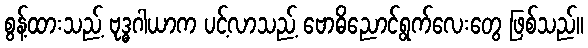
စွန့်ထားသည့် ဗုဒ္ဓဂါယာက ပင့်လာသည့် ဗောဓိညောင်ရွက်လေးတွေ ဖြစ်သည်။